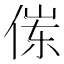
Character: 𱎶